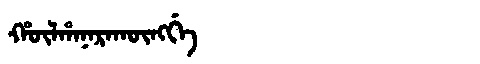
Manchu: ᡥᡡᠯᡥᠠᠨᠠᡵᠠᡴᡡᠩᡤᡝ
Romanization: HŪLHANARAKŪNGGE